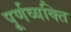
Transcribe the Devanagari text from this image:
पूर्णव्यक्ति